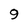
Character: 9